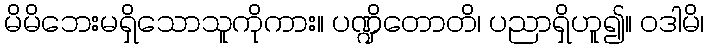
မိမိဘေးမရှိသောသူကိုကား။ ပဏ္ဍိတောတိ၊ ပညာရှိဟူ၍။ ဝဒါမိ၊